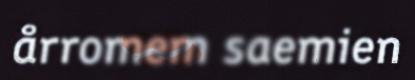
årromem saemien